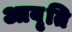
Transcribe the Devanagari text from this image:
आवृ्ति